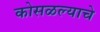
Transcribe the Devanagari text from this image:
कोसळल्याचे